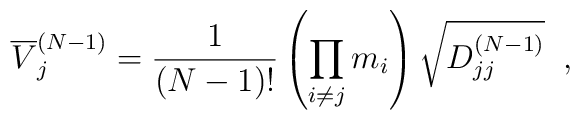
\overline{V}_j^{(N-1)} = \frac{1}{(N-1)!}\left(\prod\limits_{i\neq j}^{} m_i \right)\sqrt{D_{jj}^{(N-1)}} \;\; ,